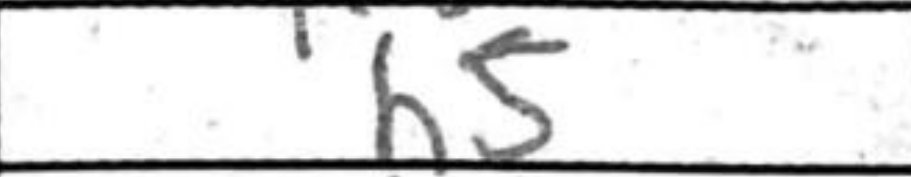
Transcription: h5